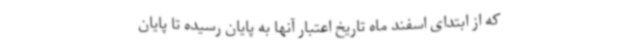
که از ابتدای اسفند ماه تاریخ اعتبار آنها به پایان رسیده تا پایان